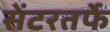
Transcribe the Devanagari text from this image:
सेंटरतर्फे